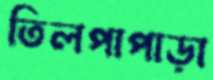
তিলপাপাড়া